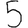
Digit: 5